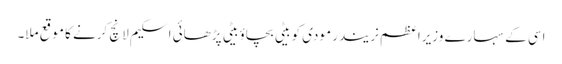
اسی کے سہارے وزیراعظم نریندر مودی کو بیٹی بچاؤ بیٹی پڑھائی اسکیم لانچ کرنے کا موقع ملا۔